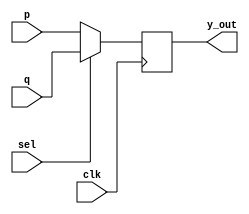
`timescale 1ns / 1ps
//////////////////////////////////////////////////////////////////////////////////
// Company: 
// Engineer: 
// 
// Design Name: 
// Module Name:    mux 
// Project Name: 
// Target Devices: 
// Tool versions: 
// Description: 
//
// Dependencies: 
//
// Revision: 
// Revision 0.01 - File Created
// Additional Comments: 
//
//////////////////////////////////////////////////////////////////////////////////
module mux(
p,
q,
sel,
clk,
y_out
    );

input sel;
input clk;
input wire [7:0] p;
input wire [7:0] q;
reg [7:0] y;
output wire [7:0] y_out;

always @(posedge clk)
begin
	if(sel == 0)
		y <=p;
	else
		y <=q;
end

assign y_out = y;


endmodule